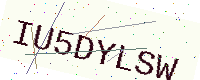
Text: IU5DYLSW